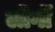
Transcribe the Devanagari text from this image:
लॊगॊं